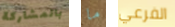
بالمشاركة ما الفرعي